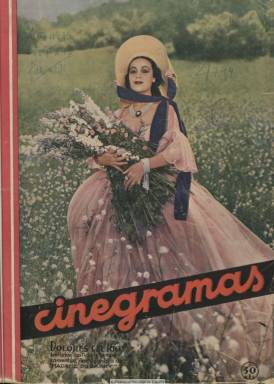
Título: Cinegramas (Madrid)
Colección: Cine
Ámbito geográfico: Madrid
Lugar de publicación: Madrid
Fechas: 01/09/1934-19/07/1936

Una de las revistas especializadas en cine de mayor circulación que, junto a Arte y cinema (1910-1936), Popular Films (1926-1937) y Nuestro cinema (1932-1935), se publicaba en el periodo republicano, y que comienza a editar a partir de septiembre de 1934 Prensa Gráfica, la empresa de otros magazines de gran éxito del mismo periodo como Mundo gráfico (1911-1938) y La crónica (1929-1938). Es esta una época en la que el nuevo arte, cuyas cintas ya han incorporando el sonido desde comienzos de la década, se ha convertido en un espectáculo de masas y da lugar a la consolidación, también, de la crítica cinematográfica en el periodismo.

Es una revista en las que las fotografías de retratos de las grandes artistas y actores de lo que ya se considera séptimo arte ocupan casi la mayor parte de la superficie de sus páginas (unas cuarenta), con una cubierta estampada a color, en la que aparecen una Greta Garbo (1905-1990), una Marlene Dietrich (1901-1992) o un ‘galán’ como Clark Gable (1901-1960), pero también artistas españolas o mexicanas, algunas de ellas intérpretes en la que ya es la meca del cine mundial: Hollywood, como es el caso de Dolores del Río (1904-1983).

Con el escueto subtítulo de “revista semanal”, da cuenta de los rodajes, estrenos y exhibición no sólo de la cinematografía española (con sus principales centros productores en Madrid y Barcelona), sino de la europea (la francesa, italiana o inglesa, entre otras), o la del continente americano, como la mexicana y especialmente la citada norteamericana. En el caso de la española, también dará cuenta de la producción de cortos, documentales o cine amateur, y en el caso de la estadounidense, de los de animación producidos por Walt Disney (1901-1966). También ofrecerá resúmenes de las tramas de los filmes. Además de los retratos de las ‘estrellas’, sus ilustraciones abarcarán también escenas de rodajes, tanto en los interiores de los estudios como en parajes naturales.

Aunará en su parte redaccional la crónica, el reportaje, la crítica, las noticias, pero también las entrevistas y las gacetillas sobre unos nuevos ‘ídolos’ sociales y populares cargados de un halo o glamour, dando cuenta de su vida sentimental, de sus bodas, divorcios o escándalos. Tendrá secciones como Confesiones de artistas, Protagonistas, Rostros, Fichero biográfico, o Elegancias cinematográficas y Fuentes de belleza, así como un Consultorio cinematográfico, además de organizar concursos entre sus lectores. En sus páginas, Florentino Hernández Girbal (1902-2002) publicará una serie de entrevistas a actrices y actores españoles bajo el epígrafe Los que pasaron por Hollywood, y otra sobre la producción cinematográfica española bajo el título En torno al cinema nacional. Por su parte, el dibujante Enrique Herreros (1903-1971) publicará una treintena de retratos de artistas ya consagrados, como era el caso de una Katharine Hepburn (1907-2003) o un Charles Chaplin (1889-1977). La mayor parte de la publicidad que inserte será la procedente de las productoras dando cuenta de sus nuevos estrenos, aunque también otra será de artículos de belleza para la mujer.

Su director es Antonio Valero de Bernabé (1897-1949) y entre sus colaboradores y redactores estarán Carlos Fernández Cuenca (1904-1977), Rafael Martínez Gandía (1907-1973), Antonio Guzmán Merino (1893-), Rafael Balaguer (1897-), Alfredo Serrano, Antonio Román, Santiago Aguilar o E. de Alcázar. Aparecerá, incluso, algún texto firmado por Juan Chabás (1898-1954), Benjamín Farnsilber firmará crónicas como corresponsal en París y aparecerán textos traducidos procedentes de las revistas o agencias norteamericanas. Muchas de sus fotografías procederán de la Paramount o de la Metro Goldwyn Mayer.

Sacará a la calle hasta 97 números, correspondiendo el último al 19 de julio de 1936, fecha en que cesa su publicación a causa del estallido de la guerra civil.

[Descripción modificada el 05/12/2019]